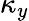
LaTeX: \kappa_{y}